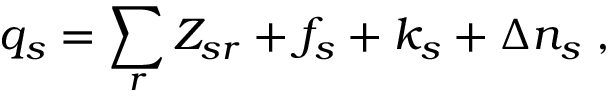
q _ { s } = \sum _ { r } Z _ { s r } + f _ { s } + k _ { s } + \Delta n _ { s } \; ,